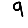
Digit: 9